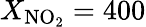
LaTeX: X_{\mathrm{NO_{2}}}=400